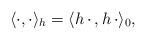
\begin{align*} \langle \cdot, \cdot \rangle_h = \langle h\, \cdot\, , h\, \cdot \rangle_0,\end{align*}